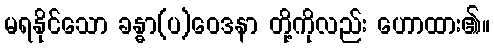
မရနိုင်သော ခန္ဓာ(ပ)ဝေဒနာ တို့ကိုလည်း ဟောထား၏။